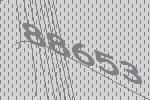
88653